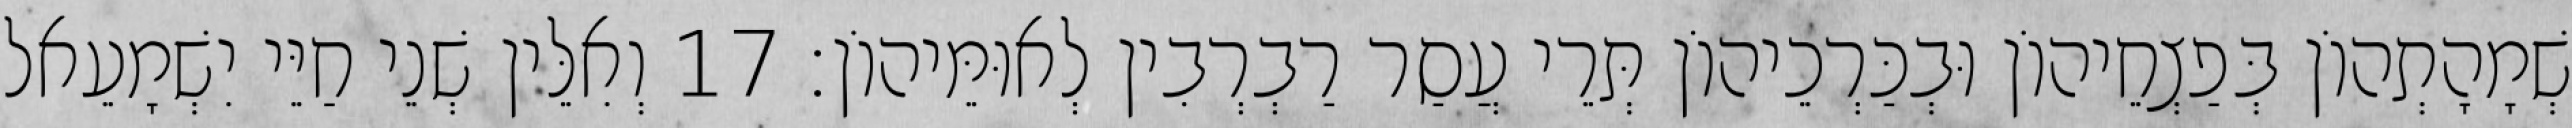
שְׁמָהָתְהוֹן בְּפַצְחֵיהוֹן וּבְכַּרְכֵיהוֹן תְּרֵי עֲסַר רַבְרְבִין לְאוּמֵּיהוֹן׃ 17 וְאִלֵּין שְׁנֵי חַיֵּי יִשְׁמָעֵאל